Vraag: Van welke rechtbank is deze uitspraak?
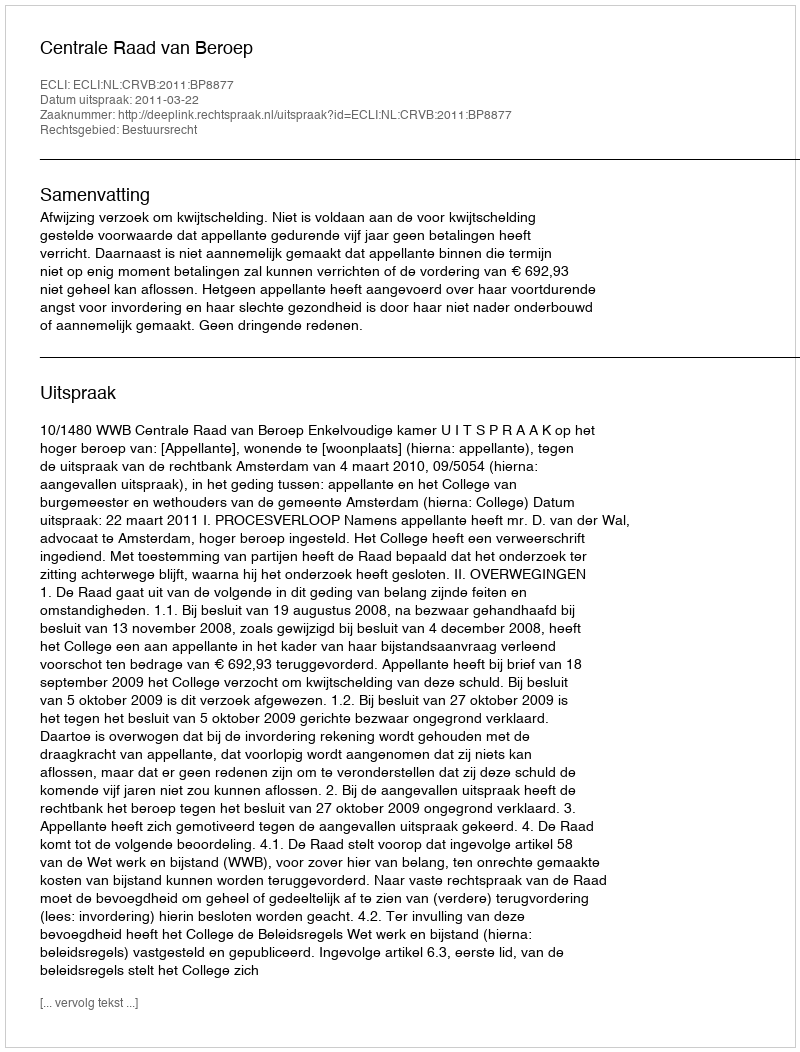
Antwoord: Centrale Raad van Beroep